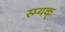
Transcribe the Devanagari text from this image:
स्म्यक्‌